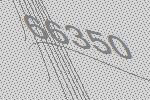
66350